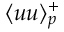
\langle u u \rangle _ { p } ^ { + }